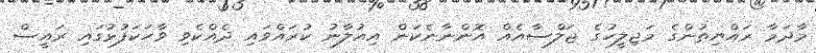
މާދަމާ ރައްޔިތުންގެ މަޖިލީހުގެ ޖަލްސާއެއް އޮންނާނެކަން އިއުލާނު ކުރައްވައި ދެއްކެވި ވާހަކަފުޅުގައި ރައީސް